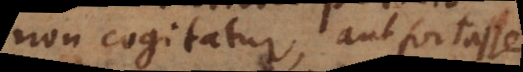
non cogitatur, aut fortasse